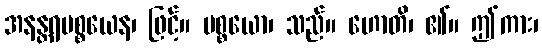
အနန္တရပစ္စယေန၊ ဖြင့်။ ပစ္စယော၊ သည်။ ဟောတိ၊ ၏။ ဤကား၊